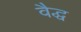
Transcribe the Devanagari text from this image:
वैद्ध